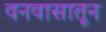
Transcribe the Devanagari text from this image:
वनवासातून